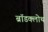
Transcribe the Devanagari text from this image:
ब्रॉडक्लोथ